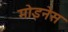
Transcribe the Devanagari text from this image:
मोइनेस